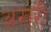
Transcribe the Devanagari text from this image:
अखरी